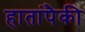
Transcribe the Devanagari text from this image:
हातांपैकी